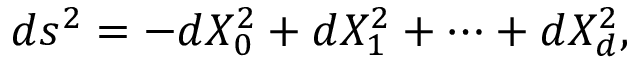
d s ^ { 2 } = - d X _ { 0 } ^ { 2 } + d X _ { 1 } ^ { 2 } + \cdots + d X _ { d } ^ { 2 } ,